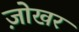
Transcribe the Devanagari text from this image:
ज़ोखर